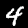
Digit: 4